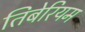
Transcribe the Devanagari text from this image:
तिबेरियम